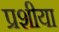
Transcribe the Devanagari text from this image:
प्रशीया